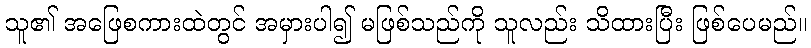
သူ၏ အဖြေစကားထဲတွင် အမှားပါ၍ မဖြစ်သည်ကို သူလည်း သိထားပြီး ဖြစ်ပေမည်။